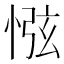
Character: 惤